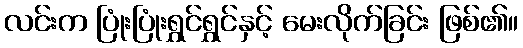
လင်းက ပြုံးပြုံးရွှင်ရွှင်နှင့် မေးလိုက်ခြင်း ဖြစ်၏။